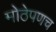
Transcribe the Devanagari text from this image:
मोठेपणच